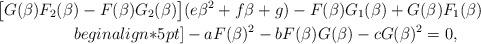
LaTeX: \begin{align*}{} \big[G(\beta)F_2(\beta)-F(\beta)G_2(\beta)\big]&(e\beta^2+f\beta+g)-F(\beta)G_1(\beta)+G(\beta)F_1(\beta)\\begin{align*}5pt]&- aF(\beta)^2-bF(\beta)G(\beta)-cG(\beta)^2=0, \end{align*}